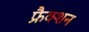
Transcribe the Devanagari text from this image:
फ्रैक्शन